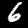
Label: 6